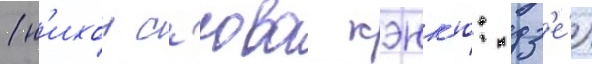
(н'ихон с'юва кэнк'ю: дз'е́)